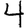
Digit: 4